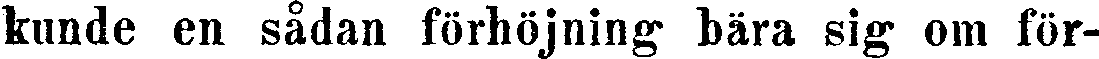
kunde en sådan förhöjning bära sig om för-